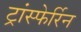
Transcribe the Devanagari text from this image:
ट्रांस्फेर्रिन